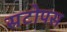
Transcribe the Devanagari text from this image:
सटोपस